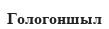
Гологоншыл